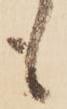
も